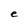
Character: e